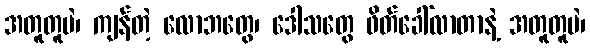
အတူတူပဲ၊ ကျန်တဲ့ လောဘတွေ၊ ဒေါသတွေ ဖိတ်ခေါ်လာတာနဲ့ အတူတူပဲ၊